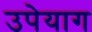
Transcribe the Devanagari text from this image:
उपेयाग